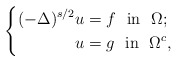
\begin{align*}\left\{\begin{aligned} (-\Delta )^{s/2}u&=f ~~\mbox{in}~~\Omega; \\ u&=g~~\mbox{in}~~\Omega^c,\end{aligned}\right.\end{align*}